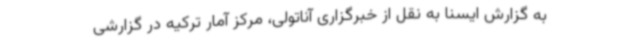
به گزارش ایسنا به نقل از خبرگزاری آناتولی، مرکز آمار ترکیه در گزارشی